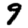
Digit: 9